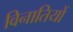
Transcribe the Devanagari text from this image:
विनातियों